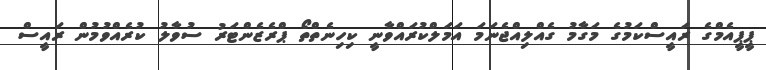
ޕީޕީއެމްގެ ރައީސްކަމުގެ މަގާމު ގެއްލިއްޖެނަމަ އަމަލްކުރައްވާނީ ކިިހިނެތްތޯ ޕްރެޒެންޓަރު ސުވާލު ކުރެއްވުމުން ރައީސް